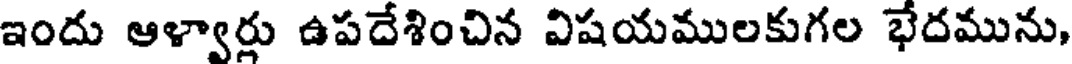
ఇందు ఆళ్వార్లు ఉపదేశించిన విషయములకుగల భేదమును,